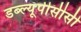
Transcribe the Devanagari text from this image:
डब्ल्यूपीसीसी